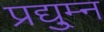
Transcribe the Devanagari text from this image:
प्रद्यु्म्न